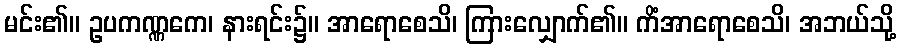
မင်း၏။ ဥပကဏ္ဏကေ၊ နားရင်း၌။ အာရောစေသိ၊ ကြားလျှောက်၏။ ကိံအာရောစေသိ၊ အဘယ်သို့